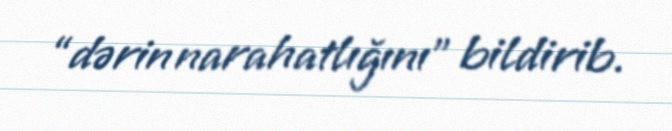
“dərin narahatlığını” bildirib.